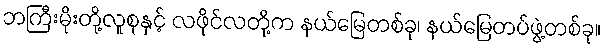
ဘကြီးမိုးတို့လူစုနှင့် လဖိုင်လတို့က နယ်မြေတစ်ခု၊ နယ်မြေတပ်ဖွဲ့တစ်ခု။